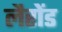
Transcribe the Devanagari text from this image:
लैरोंड